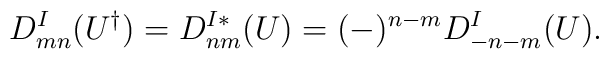
D^I_{mn} (U^{\dagger}) = D^{I *}_{nm} (U) = (-)^{n-m} D^I_{-n-m} (U)   .